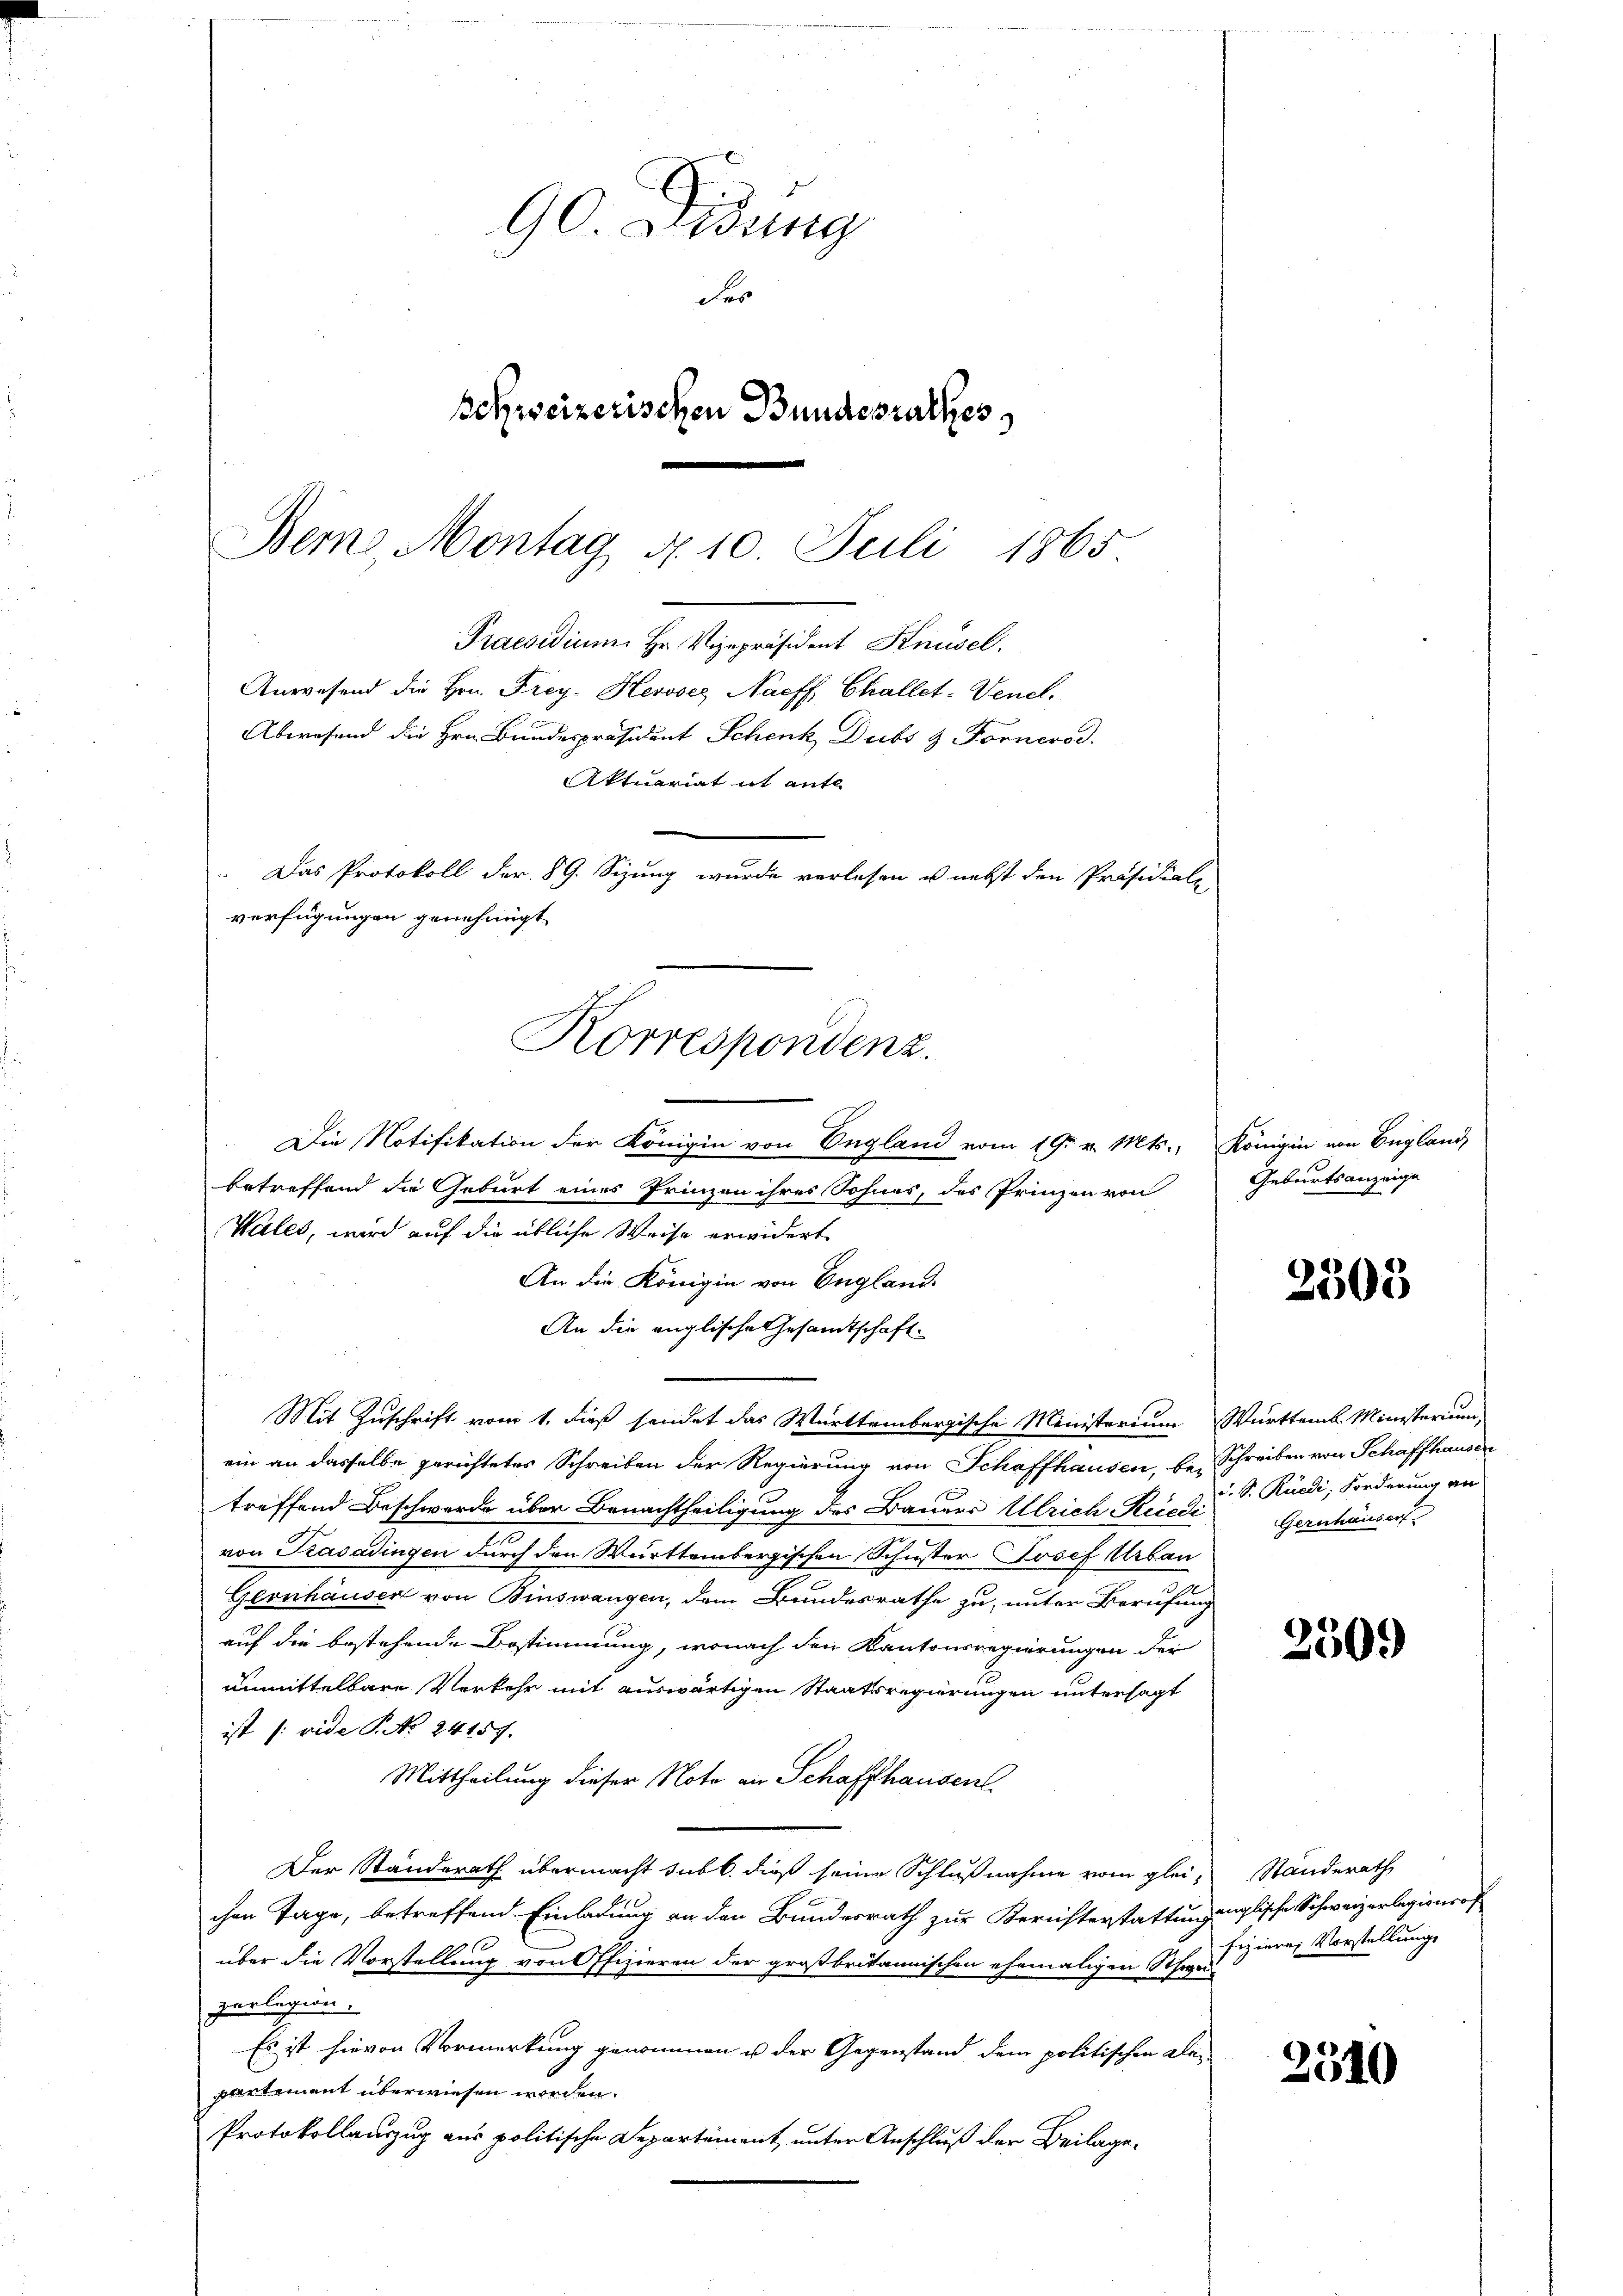
Die Notifikation der Königin von England vom 19. v. Mts., Königin von England,
betreffend die Geburt eines Prinzen ihres Sohnes, des Prinzen von
Vales, wird auf die übliche Weise erwidert
An die Königin von England
An die englische Gesandtschaft
Mit Zuschrift vom 1. dieß sendet das Württembergische Ministerium Württemb. Ministerium
ein an dasselbe gerichtetes Schreiben der Regierung von Schaffhausen, bei Schreiben von Schaffhausen
treffend Beschwerde über Benachtheiligung des Bauers Ulrich-Keid. S. Rüedi, Forderung an
von Krasadingen durch den Württembergischen Schuster Josef Urbau
Gernhäuser von Binswangen, dem Bundesrathe zu, unter Berufung
auf die bestehende Bestimmung, wonach den Kantonsregierungen der
unmittelbare Verkehr mit auswärtigen Staatsregierungen untersagt
ist (vide P. No. 24157.
Mittheilung dieser Note an Schaffhausen.
Der Standerath übermacht subb. dieß seine Schlußnahme vom glei- Standerath
chen Tage, betreffend Einladung an der Bundesrath zur Berichterstattungenglische Schweizerlegionsof
über die Vorstellung von Offizieren der großbritannischen ehemaligen Schwei-
perlegion.
Es ist hievon Vormerkung genommen u der Gegenstand dem politischen Kleipartement überwiesen worden.
Protokollauszug aus politische Departement unter Anschluß der Beilage¬

Bem Montag d. 10. Juli 1865
Praesidium Hr. Vizepräsident Knüsel.
Anwesend die Hrn. Frey- Heroses Naeff, Challet-Venet.
Abwesend die Hrn. Bundespräsident Schenk Dubs & Fornerod.
Aktuariat it ante
 Das Protokoll der 89. Sizung wurde verlesen u. nebst den Präsidiale
verfügungen genehmigt
Korrespondenz.

90 Didung
der
schweizerischen Bundesrathes

Geburtsanzeige

Gernhauser

fizieren Vorstellung

2505

2509

2510